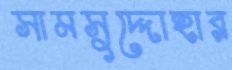
সামসুদ্দোহার